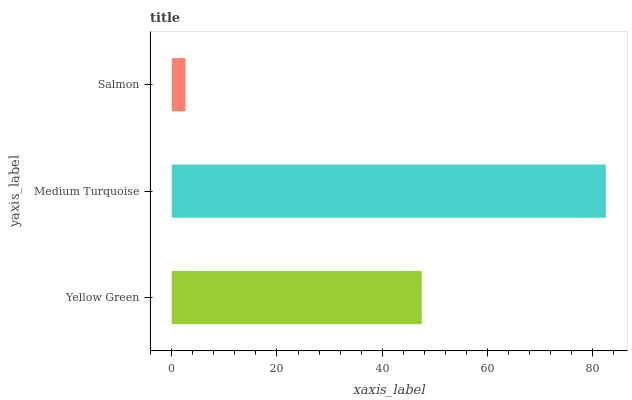
| yaxis_label | bars |
 | --- | --- |
 | Yellow Green | 47.5 |
 | Medium Turquoise | 82.5 |
 | Salmon | 2.62 |